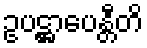
ဥပဋ္ဌာပေန္တီတိ